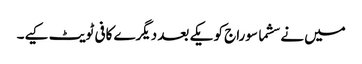
میں نے سشما سوراج کو یکے بعد دیگرے کافی ٹویٹ کیے۔